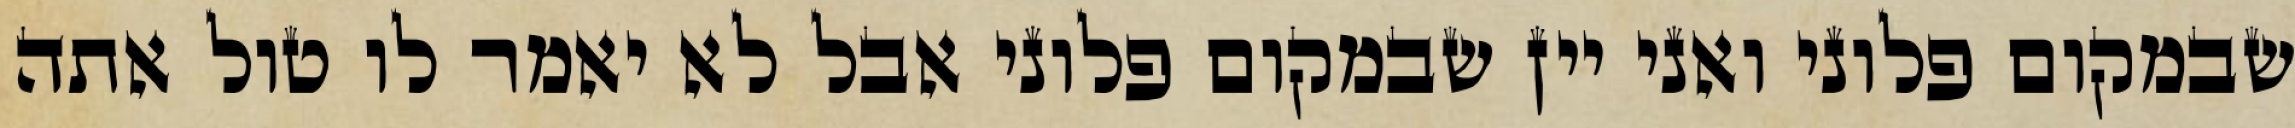
שבמקום פלוני ואני יין שבמקום פלוני אבל לא יאמר לו טול אתה